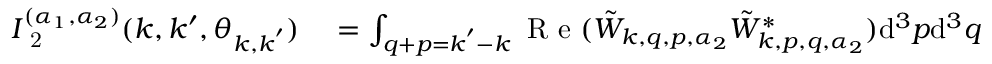
\begin{array} { r l } { I _ { \mathrm { ~ 2 ~ } } ^ { ( \alpha _ { 1 } , \alpha _ { 2 } ) } ( k , k ^ { \prime } , \theta _ { \boldsymbol { k } , \boldsymbol { k } ^ { \prime } } ) } & { { } = \int _ { \boldsymbol { q } + \boldsymbol { p } = \boldsymbol { k } ^ { \prime } - \boldsymbol { k } } \mathrm { ~ R ~ e ~ } ( \tilde { W } _ { \boldsymbol { k } , \boldsymbol { q } , \boldsymbol { p } , \alpha _ { 2 } } \tilde { W } _ { \boldsymbol { k } , \boldsymbol { p } , \boldsymbol { q } , \alpha _ { 2 } } ^ { * } ) \mathrm { d } ^ { 3 } \boldsymbol { p } \mathrm { d } ^ { 3 } \boldsymbol { q } } \end{array}